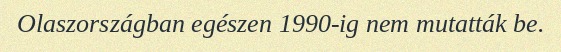
Olaszországban egészen 1990-ig nem mutatták be.